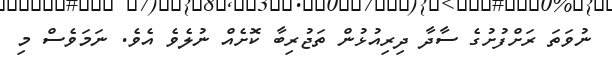
ނުވަތަ ރަށްފުށުގެ ސާދާ ދިރިއުޅުން ތަޖުރިބާ ކޮށެއް ނުލެވެ އެވެ. ނަމަވެސް މި